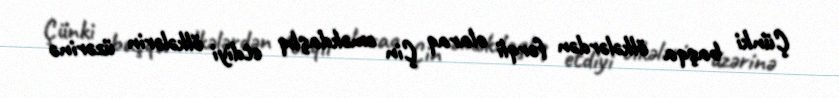
Çünki başqa ölkələrdən fərqli olaraq Çin əməkdaşlıq etdiyi ölkələrin üzərinə